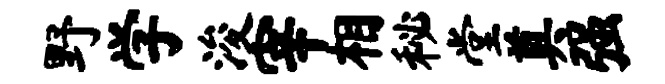
野学浚宰相秘堂奠强